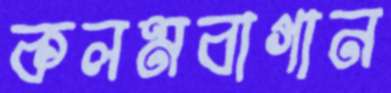
কলমবাগান